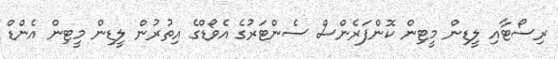
ރިސޯޓާއި ލީޑިން މީޓިން ކޮންފަރެންސް ސެންޓަރުގެ އެވޯޑްގެ އިތުރުން ލީޑިން މީޓިން އެންޑް